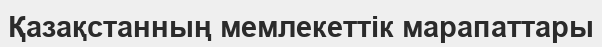
Қазақстанның мемлекеттік марапаттары